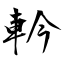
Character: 軡